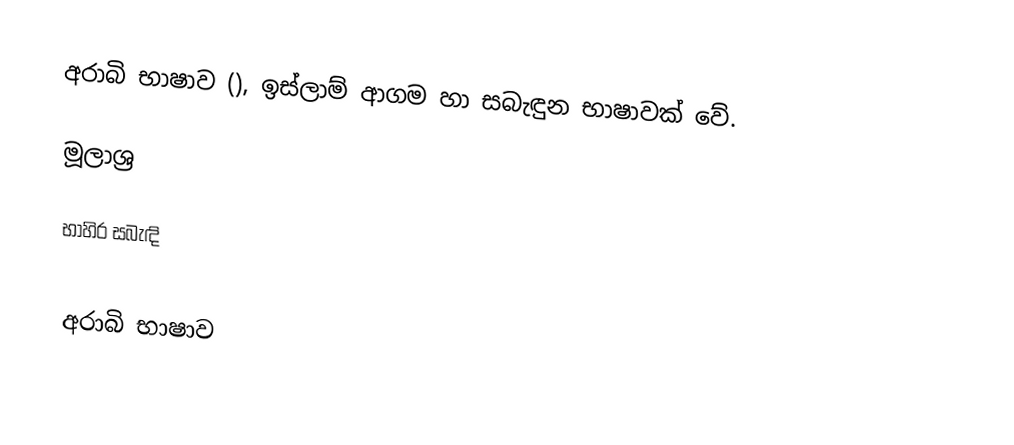
අරාබි භාෂාව (), ඉස්ලාම් ආගම හා සබැඳුන භාෂාවක් වේ.

මූලාශ්‍ර

භාහිර සබැඳි

අරාබි භාෂාව